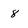
Character: 8